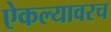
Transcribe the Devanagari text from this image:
ऐकल्यावरच